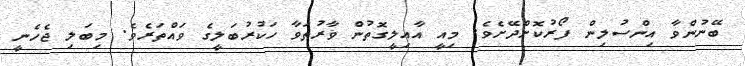
ބޭނުންވާ އިންސުލިން ފޯރުކޮށްދޭށެވެ. މިއީ އާއިލީގޮތުން ޥާރުތަވާ ހަކުރުބަލީގެ ވައްތަރެވެ. މިބަލި ޖެހެނީ